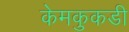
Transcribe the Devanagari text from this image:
केमकुकडी